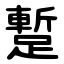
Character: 蹔